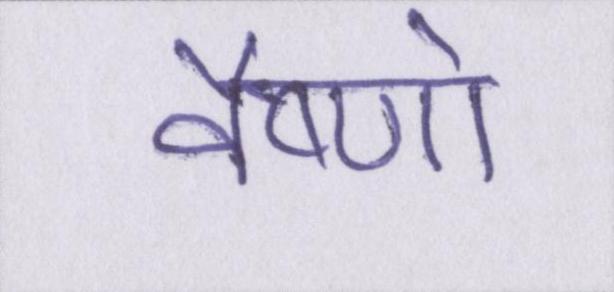
वैष्णो